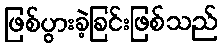
ဖြစ်ပွားခဲ့ခြင်းဖြစ်သည်